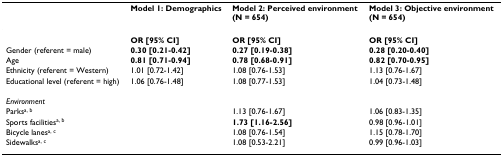
<table><thead><tr><td></td><td><b>Model 1: Demographics</b></td><td><b>Model 2: Perceived environment(N = 654)</b></td><td><b>Model 3: Objective environment(N = 654)</b></td></tr></thead><tbody><tr><td></td><td><b>OR [95% CI]</b></td><td><b>OR [95% CI]</b></td><td><b>OR [95% CI]</b></td></tr><tr><td>Gender (referent = male)</td><td><b>0.30 [0.21-0.42]</b></td><td><b>0.27 [0.19-0.38]</b></td><td><b>0.28 [0.20-0.40]</b></td></tr><tr><td>Age</td><td><b>0.81 [0.71-0.94]</b></td><td><b>0.78 [0.68-0.91]</b></td><td><b>0.82 [0.70-0.95]</b></td></tr><tr><td>Ethnicity (referent = Western)</td><td>1.01 [0.72-1.42]</td><td>1.08 [0.76-1.53]</td><td>1.13 [0.76-1.67]</td></tr><tr><td>Educational level (referent = high)</td><td>1.06 [0.76-1.48]</td><td>1.08 [0.77-1.53]</td><td>1.04 [0.73-1.48]</td></tr><tr><td><i>Environment</i></td><td></td><td></td><td></td></tr><tr><td>Parks<sup>a, b</sup></td><td></td><td>1.13 [0.76-1.67]</td><td>1.06 [0.83-1.35]</td></tr><tr><td>Sports facilities<sup>a, b</sup></td><td></td><td><b>1.73 [1.16-2.56]</b></td><td>0.98 [0.96-1.01]</td></tr><tr><td>Bicycle lanes<sup>a, c</sup></td><td></td><td>1.08 [0.76-1.54]</td><td>1.15 [0.78-1.70]</td></tr><tr><td>Sidewalks<sup>a, c</sup></td><td></td><td>1.08 [0.53-2.21]</td><td>0.99 [0.96-1.03]</td></tr></tbody></table>